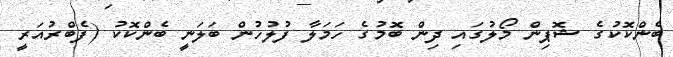
ބެންކޮކުގެ ޝޮޕިން މޯލުގައި ދިން ބޮމުގެ ހަމަލާ ފުލުހުން ބަަލަނީ ބެންކޮކު (ފެބްރުއަރީ